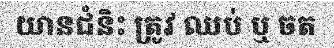
យានជំនិះ ត្រូវ ឈប់ ឬ ចត